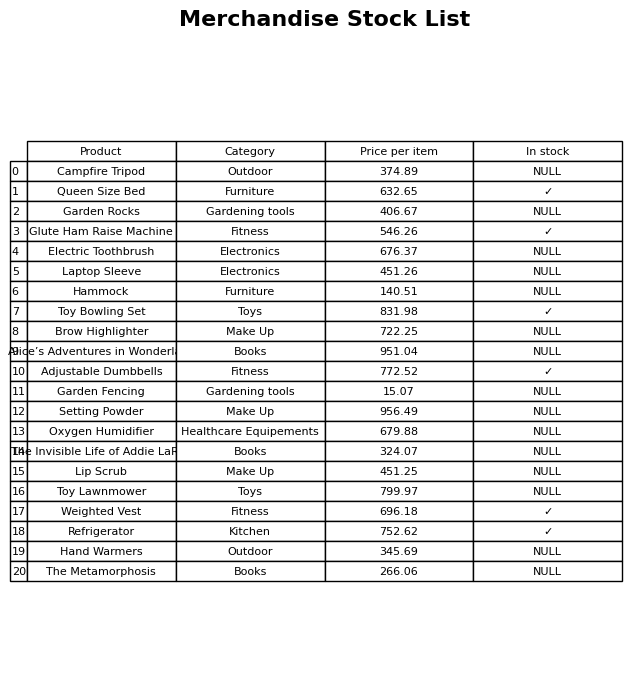
question: What is the price for The Metamorphosis?
answer: The price of The Metamorphosis is 266.06.